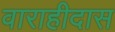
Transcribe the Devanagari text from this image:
वाराहीदास